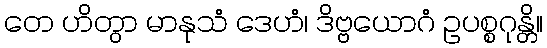
တေ ဟိတွာ မာနုသံ ဒေဟံ၊ ဒိဗ္ဗယောဂံ ဥပစ္စဂုန္တိ။